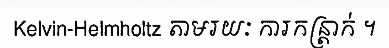
Kelvin-Helmholtz តាមរយៈ ការកន្ត្រាក់ ។